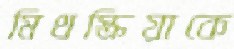
মিথস্ক্রিয়াকে